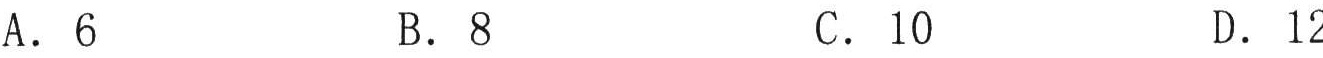
A. \(6\)  \(\qquad\) B. \(8\)  \(\qquad\) C. \(10\)  \(\qquad\) D. \(12\)